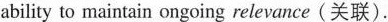
ability to maintain ongoing relevance (关联).